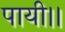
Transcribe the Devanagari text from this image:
पायी।।